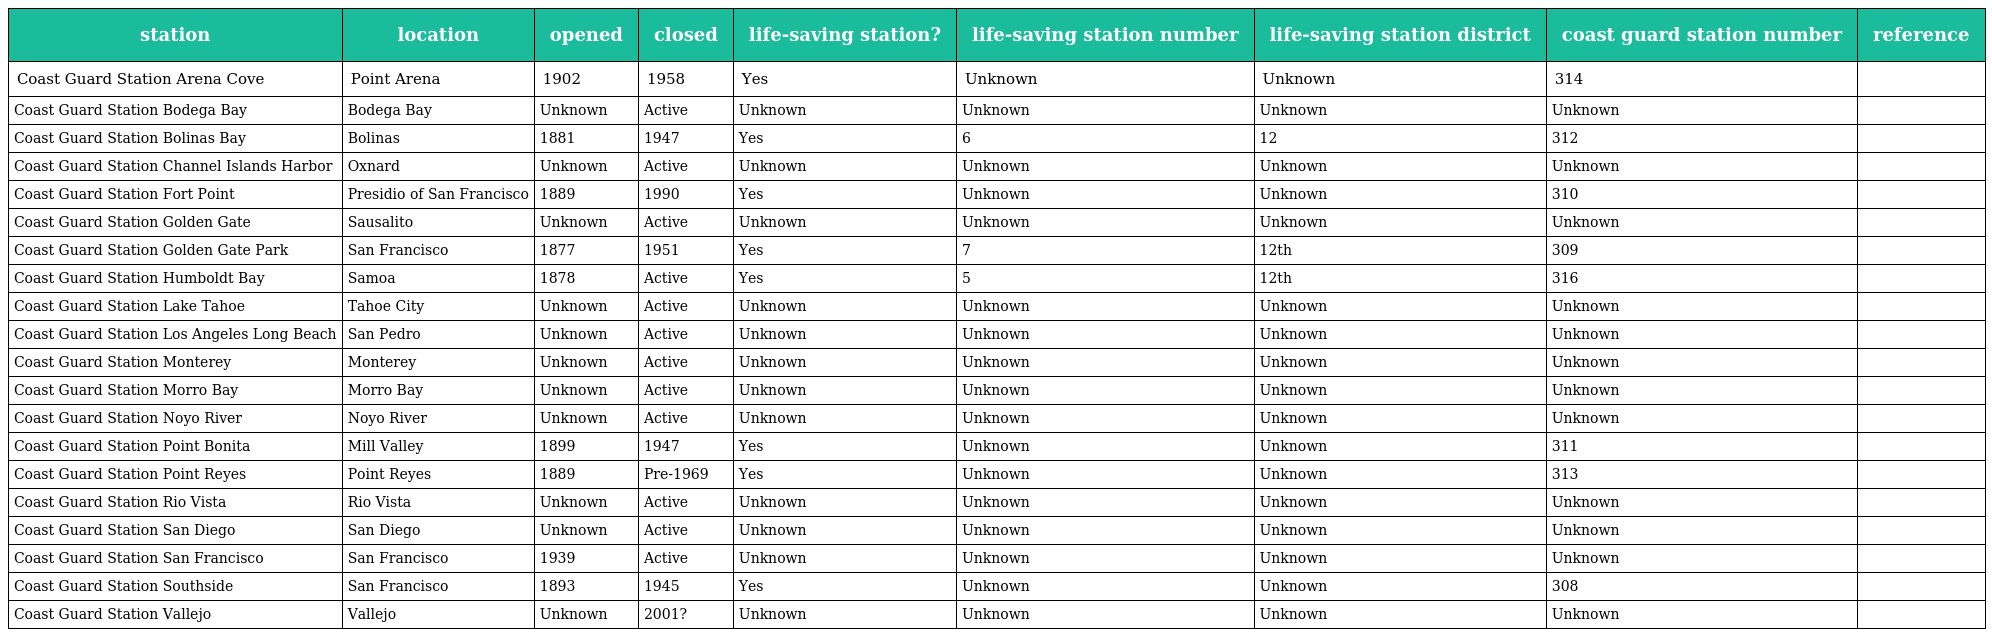
| station | location | opened | closed | life-saving station? | life-saving station number | life-saving station district | coast guard station number | reference |
 | --- | --- | --- | --- | --- | --- | --- | --- | --- |
 | Coast Guard Station Arena Cove | Point Arena | 1902 | 1958 | Yes | Unknown | Unknown | 314 |  |
 | Coast Guard Station Bodega Bay | Bodega Bay | Unknown | Active | Unknown | Unknown | Unknown | Unknown |  |
 | Coast Guard Station Bolinas Bay | Bolinas | 1881 | 1947 | Yes | 6 | 12 | 312 |  |
 | Coast Guard Station Channel Islands Harbor | Oxnard | Unknown | Active | Unknown | Unknown | Unknown | Unknown |  |
 | Coast Guard Station Fort Point | Presidio of San Francisco | 1889 | 1990 | Yes | Unknown | Unknown | 310 |  |
 | Coast Guard Station Golden Gate | Sausalito | Unknown | Active | Unknown | Unknown | Unknown | Unknown |  |
 | Coast Guard Station Golden Gate Park | San Francisco | 1877 | 1951 | Yes | 7 | 12th | 309 |  |
 | Coast Guard Station Humboldt Bay | Samoa | 1878 | Active | Yes | 5 | 12th | 316 |  |
 | Coast Guard Station Lake Tahoe | Tahoe City | Unknown | Active | Unknown | Unknown | Unknown | Unknown |  |
 | Coast Guard Station Los Angeles Long Beach | San Pedro | Unknown | Active | Unknown | Unknown | Unknown | Unknown |  |
 | Coast Guard Station Monterey | Monterey | Unknown | Active | Unknown | Unknown | Unknown | Unknown |  |
 | Coast Guard Station Morro Bay | Morro Bay | Unknown | Active | Unknown | Unknown | Unknown | Unknown |  |
 | Coast Guard Station Noyo River | Noyo River | Unknown | Active | Unknown | Unknown | Unknown | Unknown |  |
 | Coast Guard Station Point Bonita | Mill Valley | 1899 | 1947 | Yes | Unknown | Unknown | 311 |  |
 | Coast Guard Station Point Reyes | Point Reyes | 1889 | Pre-1969 | Yes | Unknown | Unknown | 313 |  |
 | Coast Guard Station Rio Vista | Rio Vista | Unknown | Active | Unknown | Unknown | Unknown | Unknown |  |
 | Coast Guard Station San Diego | San Diego | Unknown | Active | Unknown | Unknown | Unknown | Unknown |  |
 | Coast Guard Station San Francisco | San Francisco | 1939 | Active | Unknown | Unknown | Unknown | Unknown |  |
 | Coast Guard Station Southside | San Francisco | 1893 | 1945 | Yes | Unknown | Unknown | 308 |  |
 | Coast Guard Station Vallejo | Vallejo | Unknown | 2001? | Unknown | Unknown | Unknown | Unknown |  |